Civil Veterinary Department Bihar reports 1940-50 - 1940-1950
Year: 1940
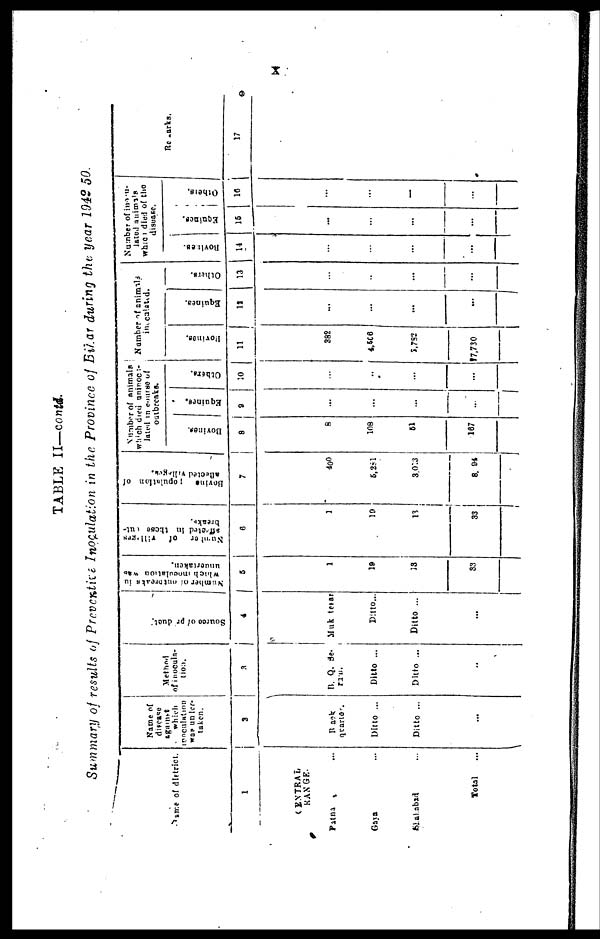
X
TABLE II—contd.
Sunmary of results of Preventive Inoculation in the Province of Bihar during the year 1042 50.
Name of district.
1
CENTRAL
RANGE.
Patna ...
Gaya ...
Shahabad ...
Total ...
Name of
disease
against
which
inoculation
was under-
taken.
2
Back
quarte.
Ditto ...
Ditto ...
...
Method
of inocula-
tion.
3
B. Q. Se.
rum.
Ditto ...
Ditto ...
...
Source
of product.
4
Muktesar
Dilto...
Ditto ...
...
Number of outbreaks in
which inoculation was
undertaken.
5
1
19
13
33
Number of
villages
affected in these out-
breaks.
6
1
10
13
33
Bovine Population of
7
400
5,281
3,013
8,94
Number of animals
which died uninocu-
lated in course of
outbreaks.
Bovines.
8
8
108
61
167
Equines.
9
...
...
...
...
Others.
10
...
...
...
...
Number of animals
inoculated.
Bovines.
11
382
4,566
5,782
77,730
Equines.
12
...
...
...
...
Others.
13
...
...
...
...
Number of incou-
lated animals
which died of the
disease.
Bovlines.
14
...
...
...
...
Equines.
15
...
...
...
...
Others.
16
...
...
...
...
Remarks.
17